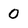
Character: 0